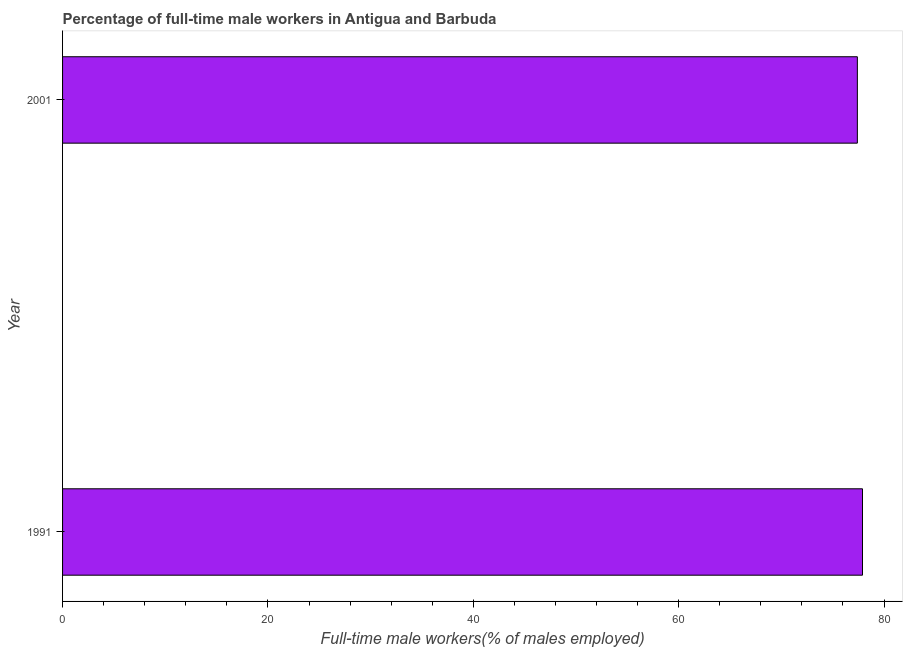
| Year | Wage and salary workers |
 | --- | --- |
 | 1991 | 77.9 |
 | 2001 | 77.4 |